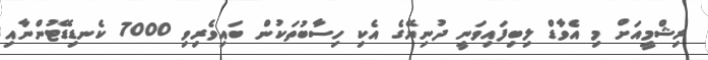
ރިޝްމީއަށް މި އެވާޑް ލިބިފައިވަނީ ދުނިޔޭގެ އެކި ހިސާބުތަކުން ބައިވެރިވި 7000 ކެނޑިޑޭޓުންނާއި